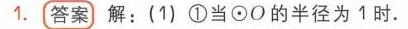
1. 答案 解：(1) \textcircled{1}当\(\odot O\)的半径为1时.